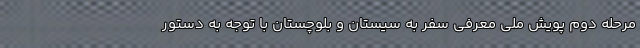
مرحله دوم پویش ملی معرفی سفر به سیستان و بلوچستان با توجه به دستور